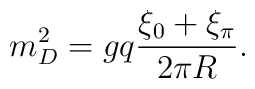
m^2_D = g q {\xi_0 + \xi_\pi \over 2 \pi R} .